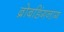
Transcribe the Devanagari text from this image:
ब्रोबडिंगनाग